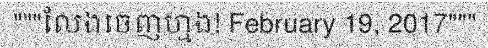
"""លែងចេញហ្មង! February 19, 2017"""